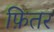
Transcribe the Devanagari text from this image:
फ़ितर